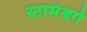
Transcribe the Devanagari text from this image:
स्टार्मबर्ग